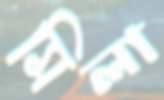
মিলা